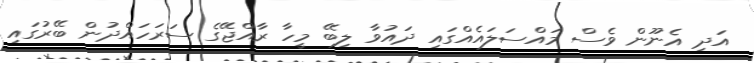
އަދި އެނޫން ވެސް މައްސަލައެއްގައި ދައުވާ ލިބޭ މީހާ ރާއްޖޭގެ ސަރަހައްދުން ބޭރުގައި